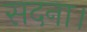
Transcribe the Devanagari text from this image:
सदना।